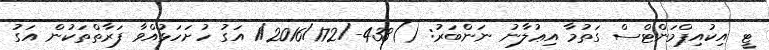
ޓީ އިކުއިޕްމަންޓްސް ގަތުމާ އިޢުލާނު ނަންބަރު: ()438-/1/2016/172 އަގު ހުށަހަޅުއްވާ ފަރާތްތަކުން އަގު